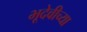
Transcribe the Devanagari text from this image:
भूदेवीच्या